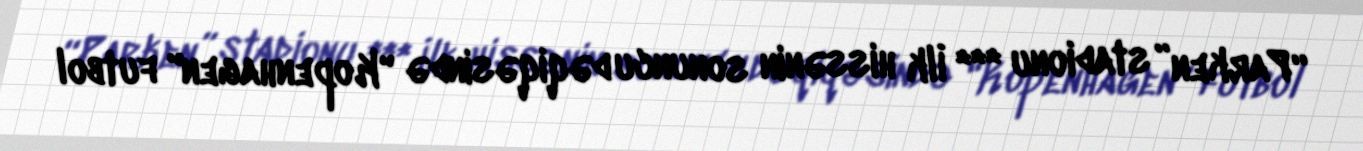
“Parken” stadionu *** İlk hissənin sonuncu dəqiqəsində "Kopenhagen" futbol